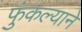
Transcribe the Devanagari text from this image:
फुंकल्याने